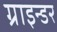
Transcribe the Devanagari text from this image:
ग्राइन्डर